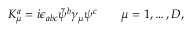
K _ { \mu } ^ { a } = i \epsilon _ { a b c } \tilde { \psi } ^ { b } \gamma _ { \mu } \psi ^ { c } \qquad \mu = 1 , \dots , D ,